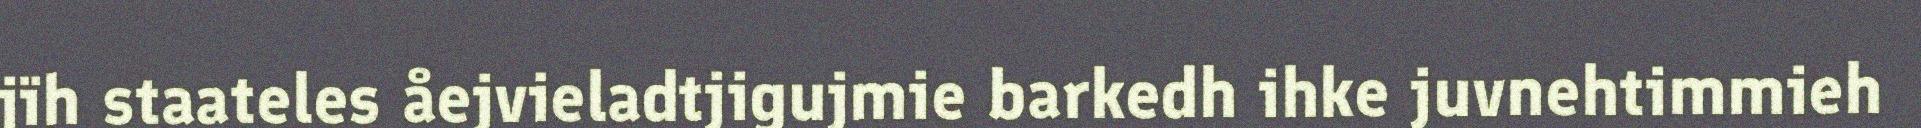
jïh staateles åejvieladtjigujmie barkedh ihke juvnehtimmieh